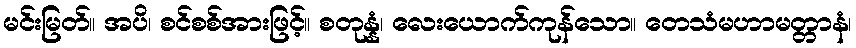
မင်းမြတ်။ အပိ၊ စင်စစ်အားဖြင့်။ စတုန္နံ၊ လေးယောက်ကုန်သော။ တေသံမဟာမတ္တာနံ၊